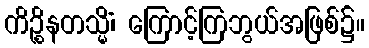
ကိဉ္စိနတသ္မိံ၊ ကြောင့်ကြဘွယ်အဖြစ်၌။